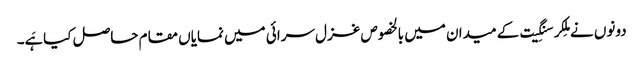
دونوں نے مِلکر سنگِیت کے میدان میں بالخصوص غزل سرائی میں نمایاں مقام حاصل کیا ہَے۔